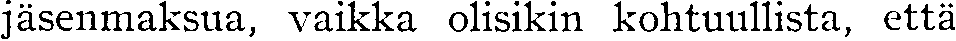
jäsenmaksua, vaikka olisikin kohtuullista, että